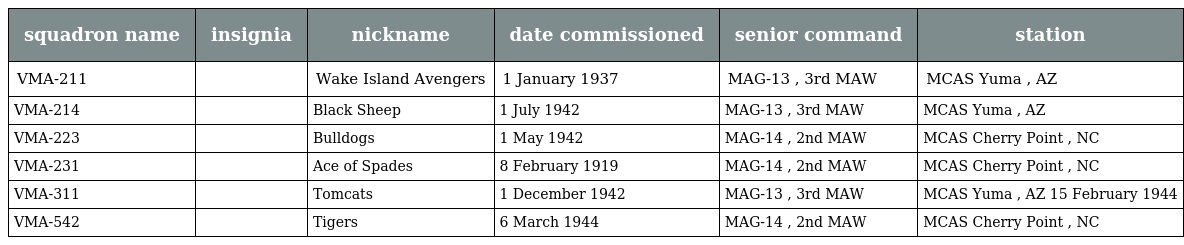
| squadron name | insignia | nickname | date commissioned | senior command | station |
 | --- | --- | --- | --- | --- | --- |
 | VMA-211 |  | Wake Island Avengers | 1 January 1937 | MAG-13 , 3rd MAW | MCAS Yuma , AZ |
 | VMA-214 |  | Black Sheep | 1 July 1942 | MAG-13 , 3rd MAW | MCAS Yuma , AZ |
 | VMA-223 |  | Bulldogs | 1 May 1942 | MAG-14 , 2nd MAW | MCAS Cherry Point , NC |
 | VMA-231 |  | Ace of Spades | 8 February 1919 | MAG-14 , 2nd MAW | MCAS Cherry Point , NC |
 | VMA-311 |  | Tomcats | 1 December 1942 | MAG-13 , 3rd MAW | MCAS Yuma , AZ 15 February 1944 |
 | VMA-542 |  | Tigers | 6 March 1944 | MAG-14 , 2nd MAW | MCAS Cherry Point , NC |